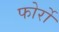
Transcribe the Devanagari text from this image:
फोर्रो